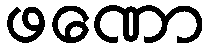
ဖဏော